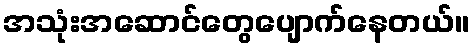
အသုံးအဆောင်တွေပျောက်နေတယ်။